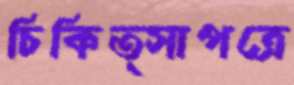
চিকিত্সাপত্রে